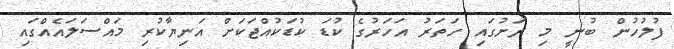
ފުލުހުން ބުނީ މި ރަށުގައި ހަތަރު އަހަރުގެ ކުޑަ ކުޑަކުއްޖަކަށް އަނިޔާކުރި މައްސަލައެއްގައި